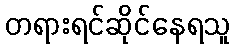
တရားရင်ဆိုင်နေရသူ